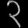
Digit: ၃